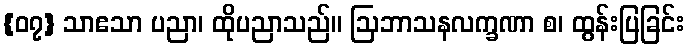
{၀၇} သာဧသာ ပညာ၊ ထိုပညာသည်။ ဩဘာသနလက္ခဏာ စ၊ ထွန်းပြခြင်း